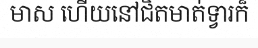
មាស ហើយនៅជិតមាត់ទ្វារក៏